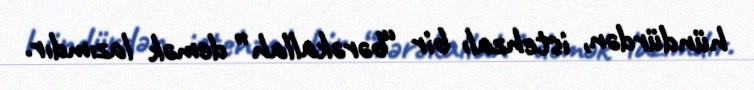
hündürdən, istehzalı bir “bərəkallah” demək lazımdır.